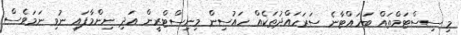
މި ސިސްޓަމްތައް ބަހައްޓާނެ ސަރަހައްދުތަކެއް ހައުސިން މިނިސްޓްރީން އަދި ނިންމާފައި ނުވި ނަމަވެސް